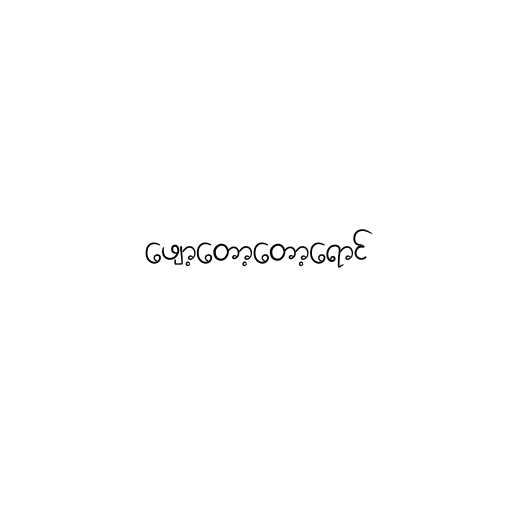
ဖျော့တော့တော့ရောင်